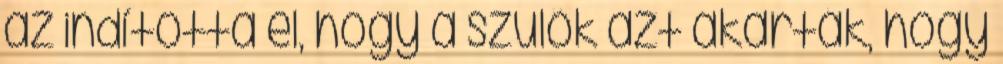
az indította el, hogy a szülők azt akarták, hogy